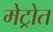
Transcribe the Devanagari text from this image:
मेट्रोत